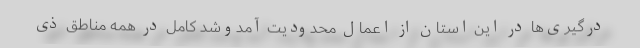
درگیری‌ها در این استان از اعمال محدودیت آمدوشد کامل در همه مناطق ذی